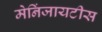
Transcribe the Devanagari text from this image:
मेनिंजायटीस